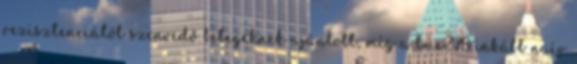
rezisztenciától szenvedő betegeknek ajánlott, míg a tmc278 inkább naív